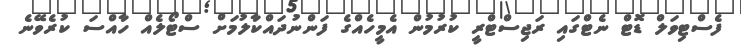
ފެސްޓިވަލް ޑޮޓް ނެޓްގައި ރަޖިސްޓްރީ ކުރުމުން އެމީހެއްގެ ފަންނުދައްކާލުމަށް ސްޓޯލެއް ހާއްސަ ކުރެވޭނެ